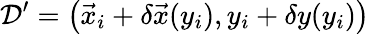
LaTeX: \mathcal{D}^{\prime}=\left(\vec{x}_{i}+\delta\vec{x}(y_{i}),y_{i}+\delta y(y_{i})\right)